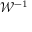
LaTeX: { \mathcal { W } } ^ { - 1 }